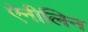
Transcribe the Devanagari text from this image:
ऐनीलिन